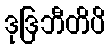
ဒုဒြဘီတိပိ